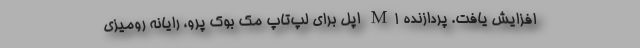
افزایش یافت. پردازنده M۱ اپل برای لپ‌تاپ مک بوک پرو، رایانه رومیزی